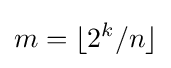
m=\lfloor {2^{k}}/{n}\rfloor